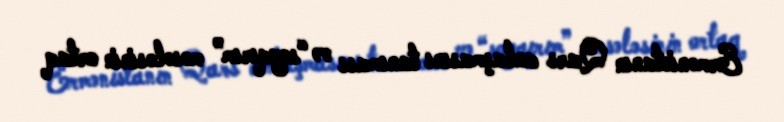
Ermənistanın Qars anlaşmasını tanıması və “soyqırım” məsələsinin ortaq